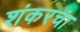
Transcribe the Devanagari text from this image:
शंकरचा